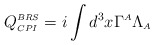
\begin{align*}\displaystyle Q^{\scriptscriptstyle BRS}_{\scriptscriptstyle CPI}=i\int d^3x \Gamma^{\scriptscriptstyle A}\Lambda_{\scriptscriptstyle A}\end{align*}